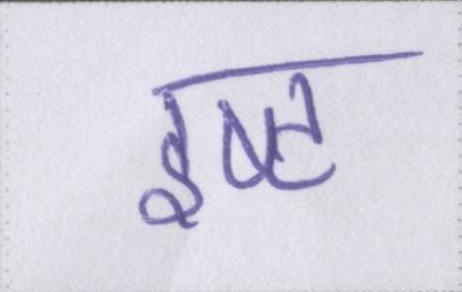
इष्ट